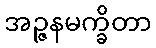
အဉ္ဇနမက္ခိတာ